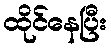
ထိုင်နေပြီး